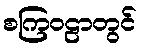
စကြဝဠာတွင်